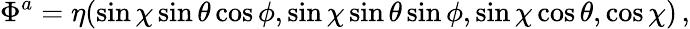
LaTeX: \Phi^{a}=\eta(\sin\chi\sin\theta\cos\phi,\sin\chi\sin\theta\sin\phi,\sin\chi\cos\theta,\cos\chi)\, ,